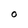
Character: 0